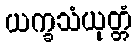
ယက္ခသံယုတ္တံ